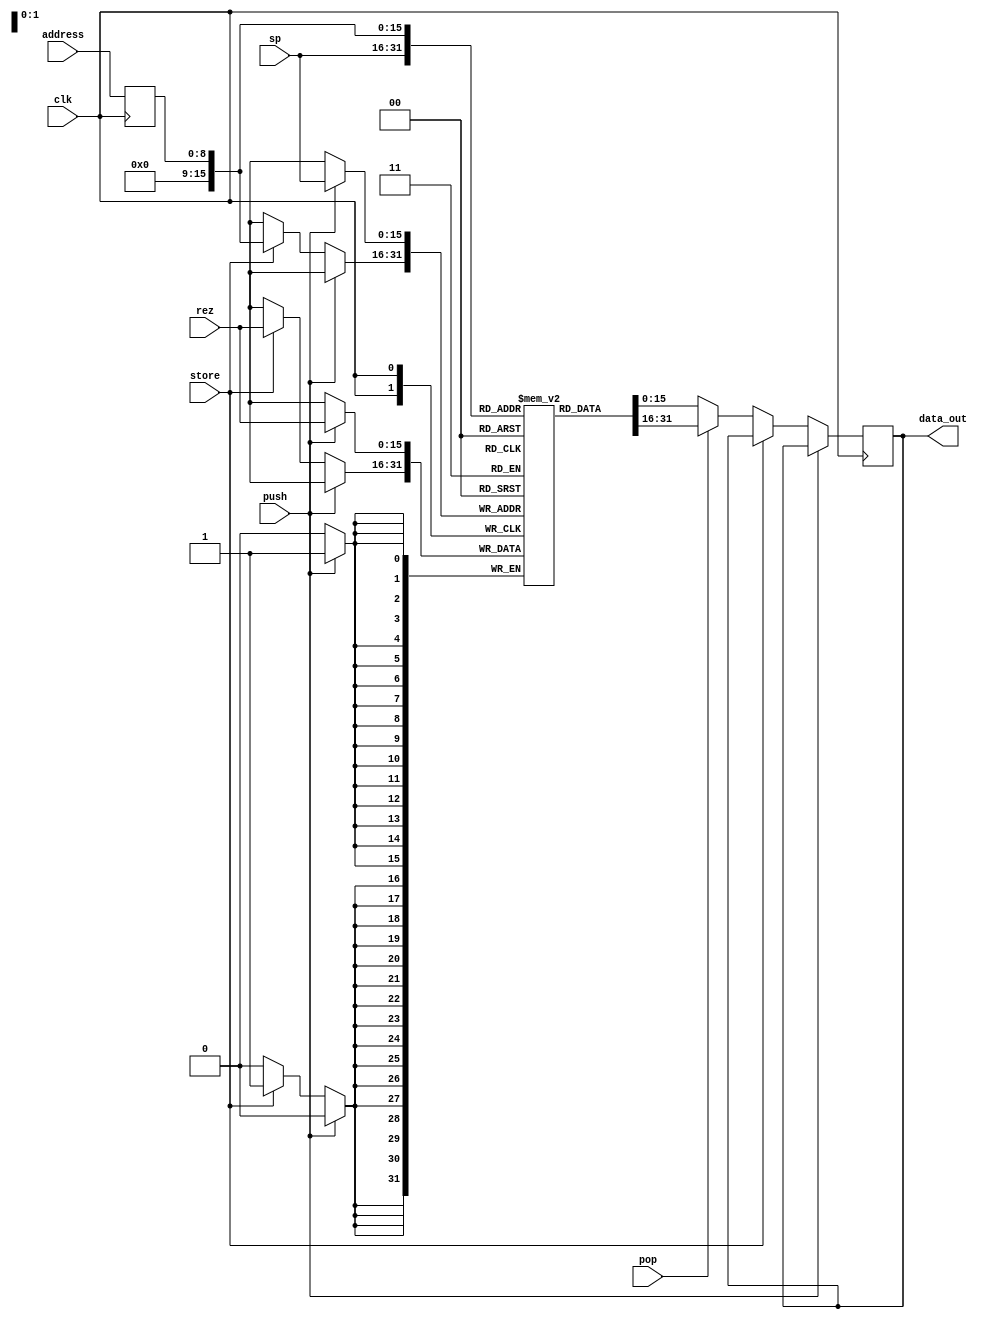
module DM(
    input [15:0] rez,
    input store, push, pop, clk,
    input [15:0] sp,
    input [8:0] address,
    output reg [15:0] data_out
);
    reg [8:0] address_reg;
    reg [15:0] memory [0:65535];


    always @(posedge clk) begin 
        #1 address_reg <= address; #4

        if(push)        memory[sp] <= rez;
        else if(store)  memory[address_reg] <= rez;
        else if(pop)    data_out <= memory[sp];
        else            data_out <= memory[address_reg];
    end

endmodule